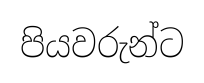
පියවරුන්ට